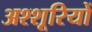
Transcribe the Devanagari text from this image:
अश्शूरियों